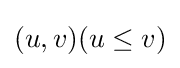
(u,v)(u\leq v)